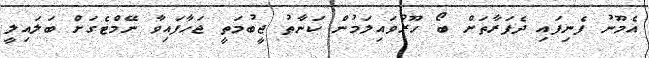
އެމޫނު ފެނިފައި ދެފަރާތަށް ބޯ ހޫރުވައިލަމުން ކަނާތު ޖީބުމަތީ ޖަހާފައިވާ ނޭމްޓެގަށް ބަލައިލީ